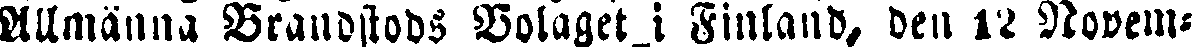
Allmänna Brandstods Bolaget i Finland, den 12 Novem-